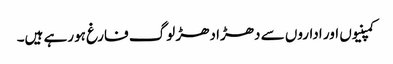
کمپنیوں اور اداروں سے دھڑا دھڑ لوگ فارغ ہورہے ہیں۔